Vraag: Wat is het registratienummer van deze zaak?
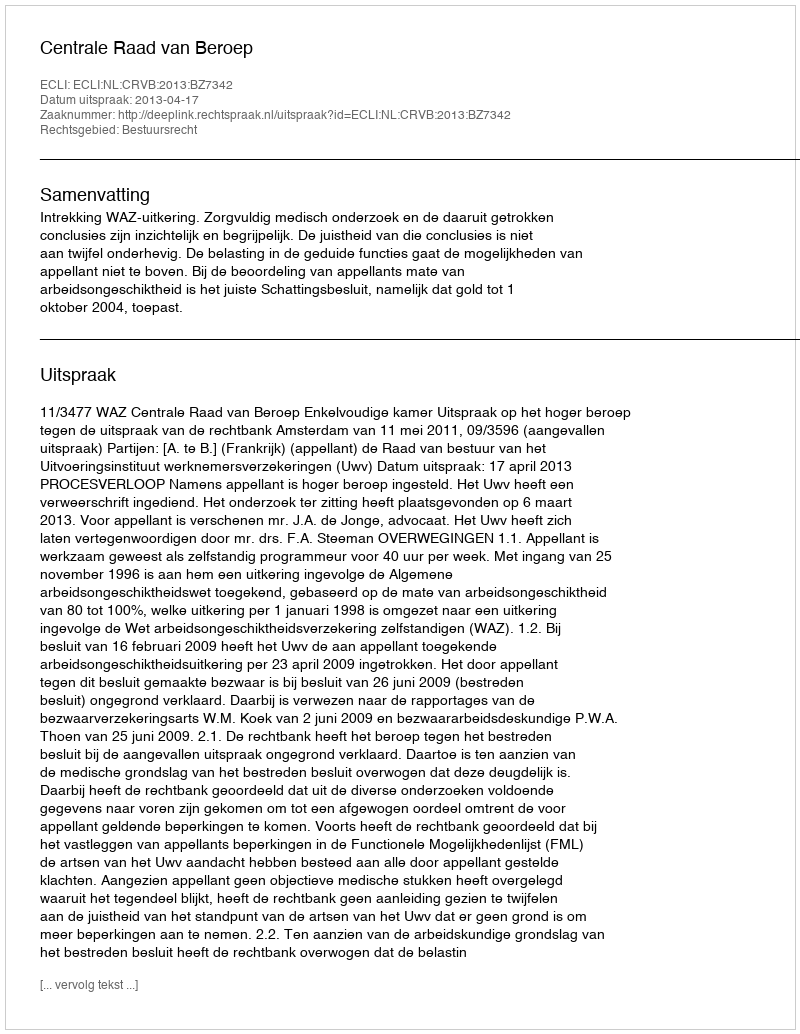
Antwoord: http://deeplink.rechtspraak.nl/uitspraak?id=ECLI:NL:CRVB:2013:BZ7342